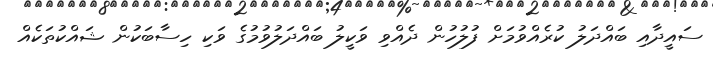
ސައީދާއި ބައްދަލު ކުރެއްވުމަށް ފުލުހުން ދެއްވި ވަކީލު ބައްދަލުވުމުގެ ވަކި ހިސާބަކުން ޝައްކުތަކެއް